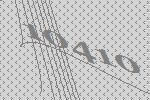
10410